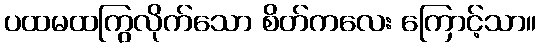
ပထမထကြွလိုက်သော စိတ်ကလေး ကြောင့်သာ။